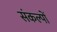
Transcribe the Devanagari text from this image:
संकल्‍पों